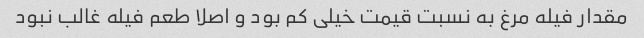
مقدار فیله مرغ به نسبت قیمت خیلی کم بود و اصلا طعم فیله غالب نبود